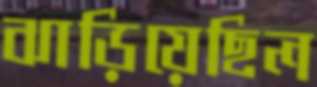
ঝাড়িয়েছিল